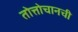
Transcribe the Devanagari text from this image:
तोत्तोचानची